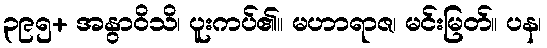
၃၉၅+ အနွာဝိသိ၊ ပူးကပ်၏။ မဟာရာဇ၊ မင်းမြတ်။ ပန၊